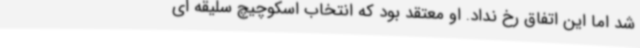
شد اما این اتفاق رخ نداد. او معتقد بود که انتخاب اسکوچیچ سلیقه ای